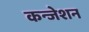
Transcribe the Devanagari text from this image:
कन्जेशन